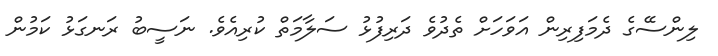
ލިންސޭގެ ދެމަފިރިން އަވަހަށް ތެދުވެ ދަރިފުޅު ސަލާމަތް ކުރިއެވެ. ނަސީބު ރަނގަޅު ކަމުން